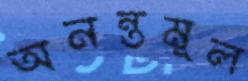
অনন্তমূল